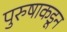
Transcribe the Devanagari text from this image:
पुरुषाकडून